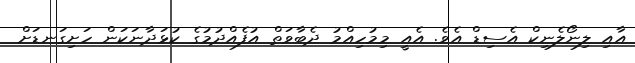
އާއި ލިނޯލެނިކް އެސިޑް އެވެ. އެއީ މިމުހިއްމު ދެބާވަތް އުފެއްދުމުގެ ކުޅަދާނަކަން ހަށިގަނޑަށް